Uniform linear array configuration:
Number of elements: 64
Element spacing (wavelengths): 1
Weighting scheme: kaiser
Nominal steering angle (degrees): -30
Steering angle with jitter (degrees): -28.213
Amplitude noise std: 0.05
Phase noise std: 0.05

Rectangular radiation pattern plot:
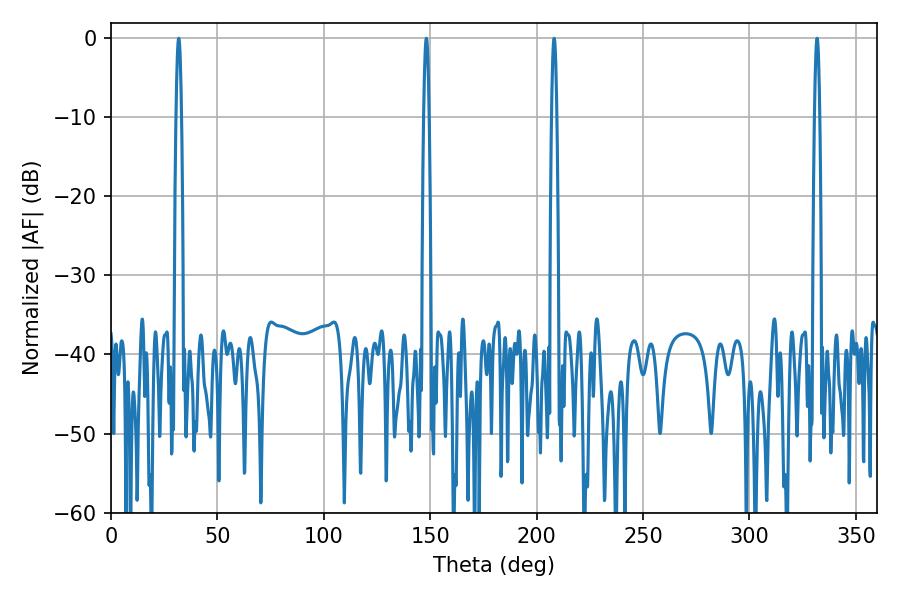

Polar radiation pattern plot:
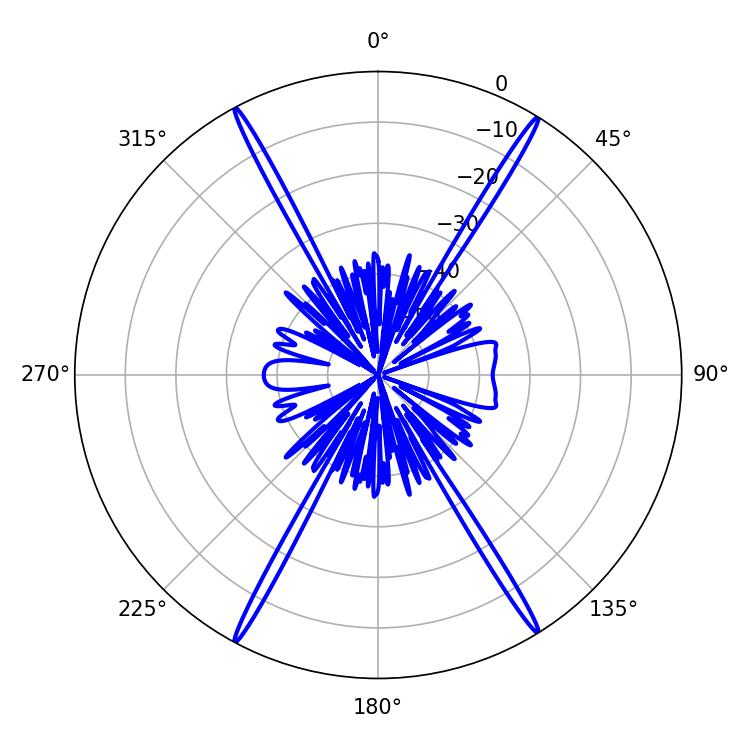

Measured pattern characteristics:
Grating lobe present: TRUE
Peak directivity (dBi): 27.01
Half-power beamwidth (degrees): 1.26
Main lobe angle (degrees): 331.74